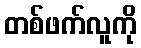
တစ်ဖက်လူကို